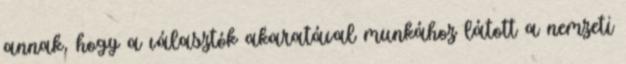
annak, hogy a választók akaratával munkához látott a nemzeti